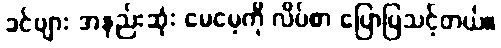
ခင်ဗျား အနည်းဆုံး မေမေ့ကို လိပ်စာ ပြောပြသင့်တယ်။